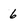
Character: 6